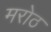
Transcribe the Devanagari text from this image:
मरोठ